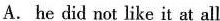
A. he did not like it at all